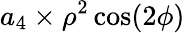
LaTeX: a_{4}\times\rho^{2}\cos(2\phi)